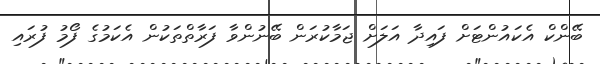
ބޭންކް އެކައުންޓަށް ފައިދާ އަލަށް ޖަމާކުރަން ބޭނުންވާ ފަރާތްތަކުން އެކަމުގެ ފޯމު ފުރައި